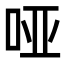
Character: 哑